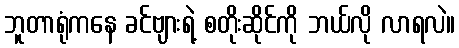
ဘူတာရုံကနေ ခင်ဗျားရဲ့ စတိုးဆိုင်ကို ဘယ်လို လာရလဲ။